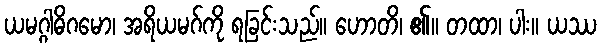
ယမဂ္ဂါဓိဂမော၊ အရိယမဂ်ကို ရခြင်းသည်။ ဟောတိ၊ ၏။ တထာ၊ ပါး။ ယဿ